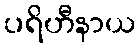
ပရိဟီနာယ